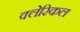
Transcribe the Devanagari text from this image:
क्लेरिकल